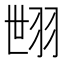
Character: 𦐞